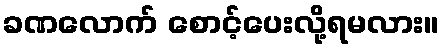
ခဏလောက် စောင့်ပေးလို့ရမလား။